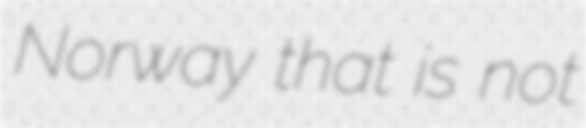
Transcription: Norway that is not